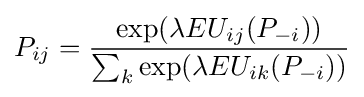
P_{ij}={\frac {\exp(\lambda EU_{ij}(P_{-i}))}{\sum _{k}{\exp(\lambda EU_{ik}(P_{-i}))}}}